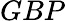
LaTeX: GBP